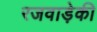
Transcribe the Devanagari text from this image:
रजवाड़ेकी